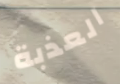
العذبة